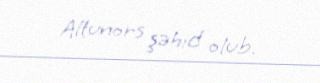
Altunors şəhid olub.